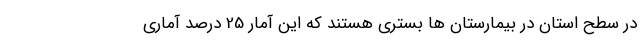
در سطح استان در بیمارستان ها بستری هستند که این آمار 25 درصد آماری